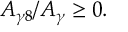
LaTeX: A _ { \gamma 8 } / A _ { \gamma } \geq 0 .